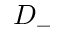
D _ { - }